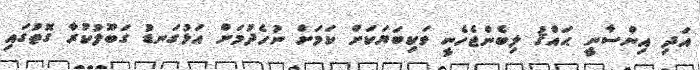
އަދި އިންސާނީ ޙައްޤު ލިބެންޖެހެނީ ވަކިބަޔަކަށް ކަމަށް ނުހެދުމަށް އަޅުގަނޑު ގަބޫލުކުރާ ގޮތުގައި